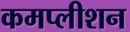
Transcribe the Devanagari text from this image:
कमप्लीशन